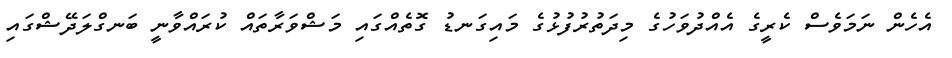
އެހެން ނަމަވެސް ކެރީގެ އެއްދުވަހުގެ މިދަތުރުފުޅުގެ މައިގަނޑު ގޮތެއްގައި މަޝްވަރާތައް ކުރައްވާނީ ބަނގްލަދޭޝްގައި